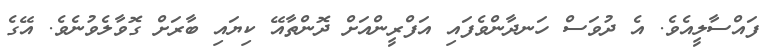
ފައްސާލީއެވެ. އެ ދުވަސް ހަނދާންވެފައި އަފްރީންއަށް ދޮންތާއޭ ކިޔައި ބާރަށް ގޮވާލެވުނެވެ. އޭގެ